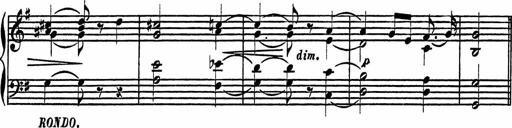
Title: 4 Piano Sonatinas
Composer: Adam Geibel